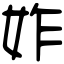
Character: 妰